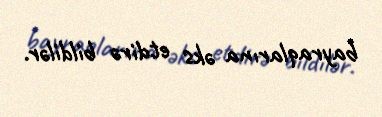
bayraqlarına əks etdirə bildilər.